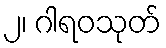
၂၊ ဂါရဝသုတ်